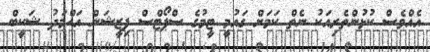
އެއްވެސް ކުޅުންތެރިއަކު ނެތް ކަމަށް ގައުމީ ޓީމުގެ ސްޕޯޓްސް ފިޒީޝަން އަޙްމަދު ޝަކީބް